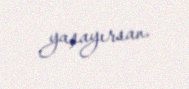
yaşayırsan.